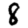
Digit: 8